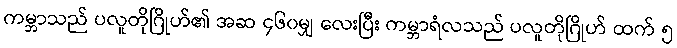
ကမ္ဘာသည် ပလူတိုဂြိုဟ်၏ အဆ ၄၆၀မျှ လေးပြီး ကမ္ဘာရံလသည် ပလူတိုဂြိုဟ် ထက် ၅